Lunatic asylums in Bengal annual reports 1899-1911 - 1899-1911
Year: 1899
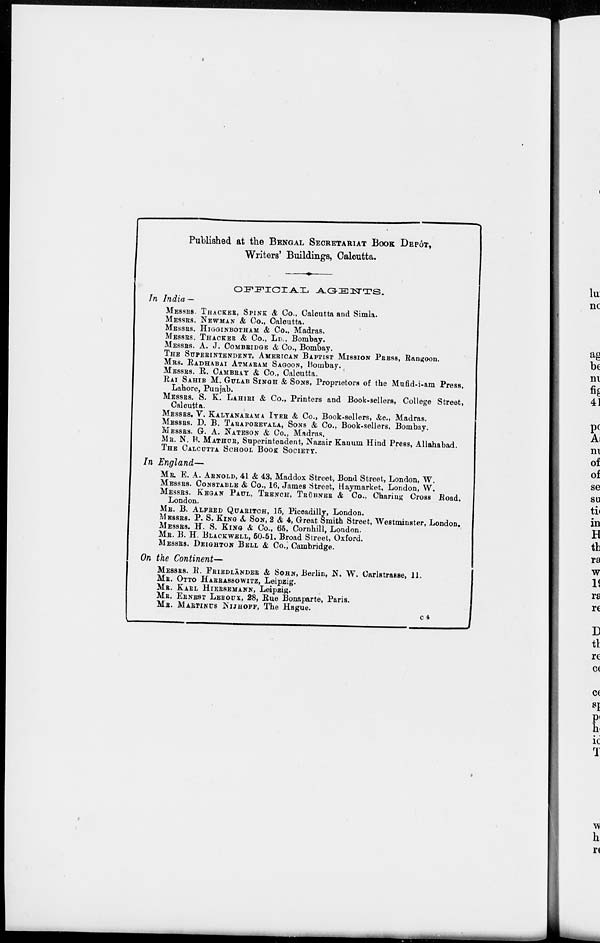
Published at the BENGAL SECRETARIAT BOOK DEPÔT,
Writers' Buildings, Calcutta.
OFFICIAL
AGENTS.
In India —
MESSRS. THACKER, SPINK & Co., Calcutta and Simla.
MESSRS. NEWMAN & Co., Calcutta.
MESSRS. HIGGINBOTHAM & Co., Madras.
MESSRS. THACKER & Co., LD., Bombay.
MESSRS. A. J. COMBRIDGE & Co., Bombay.
THE SUPERINTENDENT, AMERICAN BAPTIST MISSION PRESS, Rangoon.
MRS. RADHABAI ATMARAM SAGOON, Bombay.
MESSRS. R. CAMBRAY & Co., Calcutta.
RAI SAHIB M. GULAB SINGH & SONS, Proprietors of the Mufid-i-am Press,
Lahore, Punjab.
MESSRS. S. K. LAHIRI & Co., Printers and Book-sellers, College Street,
Calcutta.
MESSRS. V. KALYANARAMA IYER & Co., Book-sellers, &c., Madras.
MESSRS. D. B. TARAPOREVALA, SONS & Co., Book-sellers, Bombay.
MESSRS. G. A. NATESON & Co., Madras.
MR. N. B. MATHUR, Superintendent, Nazair Kanum Hind Press, Allahabad.
THE CALCUTTA SCHOOL BOOK SOCIETY.
In England—
MR. E. A. ARNOLD, 41 & 43, Maddox Street, Bond Street, London, W.
MESSRS. CONSTABLE & Co., 16, James Street, Haymarket, London, W.
MESSRS. KEGAN PAUL, TRENCH, TRÜBNER & Co., Charing Cross Road,
London.
MR. B. ALFRED QUARITCH, 15, Piccadilly, London.
MESSRS. P. S. KING & SON, 2 & 4, Great Smith Street, Westminster, London.
MESSRS. H. S. KING & Co., 65, Cornhill, London.
MR. B. H. BLACKWELL, 50-51. Broad Street, Oxford.
MESSRS. DEIGHTON BELL & Co., Cambridge.
On the Continent—
MESSRS. R. FRIEDLÄNDER & SOHN, Berlin, N. W. Carlstrasse, 11.
MR. OTTO HARRASSOWITZ, Leipzig.
MR. KARL HIERSEMANN, Leipzig.
MR. ERNEST LEROUX, 28, Rue Bonaparte, Paris.
MR. MARTINUS NIJHOFF, The Hague.
C 4